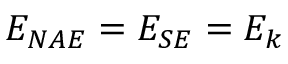
E _ { N A E } = E _ { S E } = E _ { k }